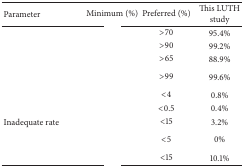
<table><thead><tr><td><b>Parameter </b></td><td><b>Minimum (%)</b></td><td><b>Preferred (%)</b></td><td><b>This LUTH study</b></td></tr></thead><tbody><tr><td>[EMPTY_CELL]</td><td>[EMPTY_CELL]</td><td>&gt;70</td><td>95.4%</td></tr><tr><td>[EMPTY_CELL]</td><td>[EMPTY_CELL]</td><td>&gt;90</td><td>99.2%</td></tr><tr><td>[EMPTY_CELL]</td><td>[EMPTY_CELL]</td><td>&gt;65</td><td>88.9%</td></tr><tr><td>[EMPTY_CELL]</td><td>[EMPTY_CELL]</td><td>&gt;99</td><td>99.6%</td></tr><tr><td>[EMPTY_CELL]</td><td>[EMPTY_CELL]</td><td>&lt;4</td><td>0.8%</td></tr><tr><td>[EMPTY_CELL]</td><td>[EMPTY_CELL]</td><td>&lt;0.5</td><td>0.4%</td></tr><tr><td>Inadequate rate</td><td>[EMPTY_CELL]</td><td>&lt;15</td><td>3.2%</td></tr><tr><td>[EMPTY_CELL]</td><td>[EMPTY_CELL]</td><td>&lt;5</td><td>0%</td></tr><tr><td>[EMPTY_CELL]</td><td>[EMPTY_CELL]</td><td>&lt;15</td><td>10.1%</td></tr></tbody></table>